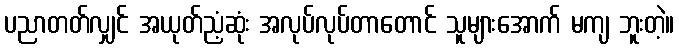
ပညာတတ်လျှင် အယုတ်ညံ့ဆုံး အလုပ်လုပ်တာတောင် သူများအောက် မကျ ဘူးတဲ့။